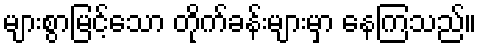
များစွာမြင့်သော တိုက်ခန်းများမှာ နေကြသည်။